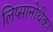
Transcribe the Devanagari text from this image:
लिप्सानोथेका